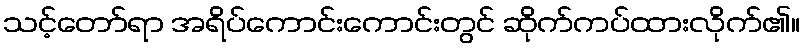
သင့်တော်ရာ အရိပ်ကောင်းကောင်းတွင် ဆိုက်ကပ်ထားလိုက်၏။